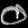
Digit: ၀